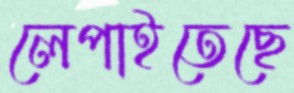
লেপাইতেছে